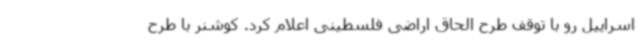
اسراییل رو با توقف طرح الحاق اراضی فلسطینی اعلام کرد. کوشنر با طرح